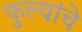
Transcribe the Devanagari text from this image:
फुल्यांचे